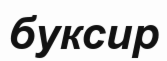
буксир